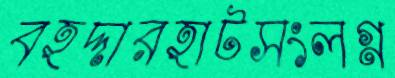
বহদ্দারহাটসংলগ্ন